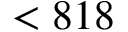
< 8 1 8